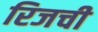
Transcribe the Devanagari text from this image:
रिजची